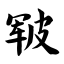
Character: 皲